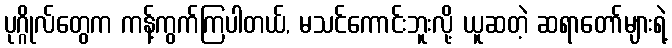
ပုဂ္ဂိုလ်တွေက ကန့်ကွက်ကြပါတယ်, မသင်ကောင်းဘူးလို့ ယူဆတဲ့ ဆရာတော်များရဲ့